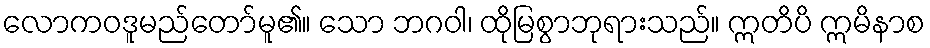
လောကဝဒူမည်တော်မူ၏။ သော ဘဂဝါ၊ ထိုမြစွာဘုရားသည်။ ဣတိပိ ဣမိနာစ